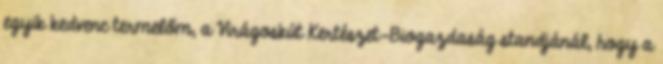
egyik kedvenc termelőm, a Virágoskút Kertészet-Biogazdaság standjánál, hogy a